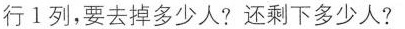
行1列，要去掉多少人?还剩下多少人?